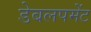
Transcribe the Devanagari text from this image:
डेबलपमेंट